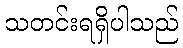
သတင်းရရှိပါသည်